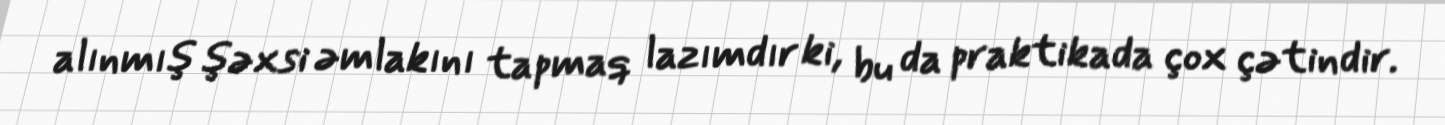
alınmış şəxsi əmlakını tapmaq lazımdır ki, bu da praktikada çox çətindir.